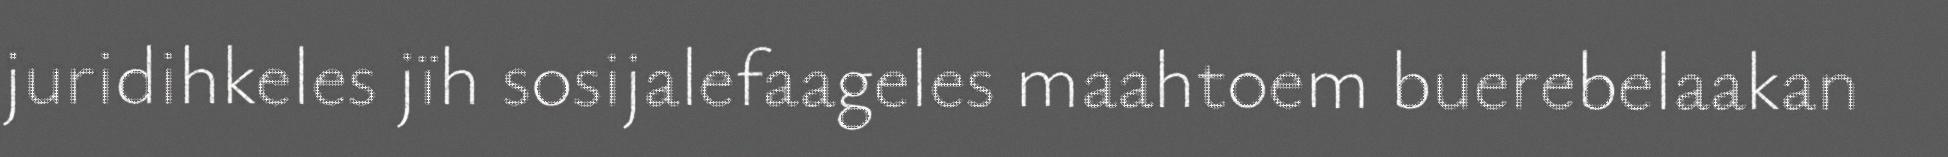
juridihkeles jïh sosijalefaageles maahtoem buerebelaakan